Subject: cs
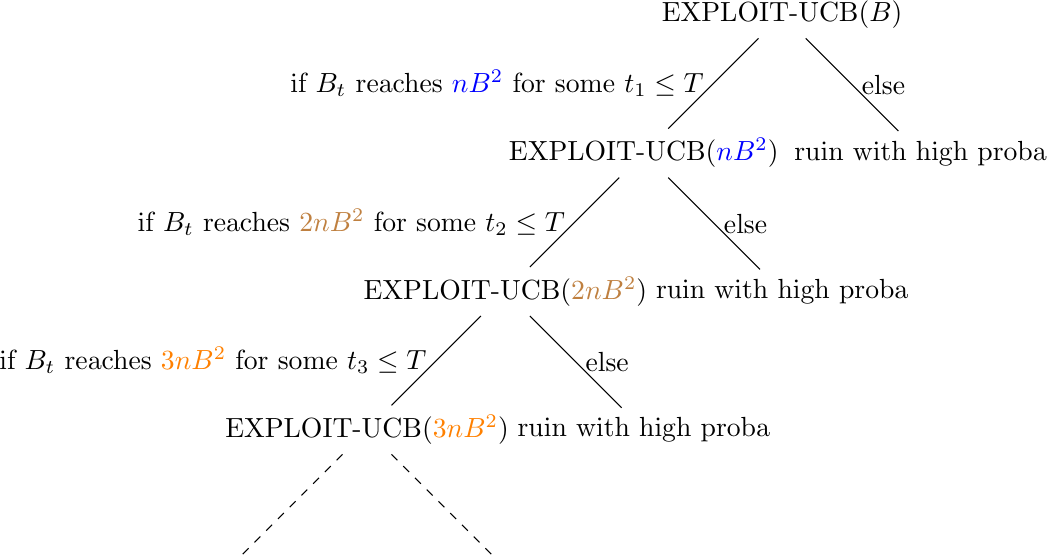
LaTeX code:
\begin{tikzpicture}
[sibling distance=10em,level distance=5em]
\node {EXPLOIT-UCB$(B)$}
    child {
        node {EXPLOIT-UCB$(\textcolor{blue}{nB^2})$}
        child {
            node {EXPLOIT-UCB$(\textcolor{brown}{2nB^2})$}
            child {
                node {EXPLOIT-UCB$(\textcolor{orange}{3nB^2})$}
                child {
                    node {}
                    edge from parent [dashed]}
                child {
                    node {}
                    edge from parent [dashed]}
                edge from parent node [left] {if $B_t$ reaches $\textcolor{orange}{3nB^2}$ for some $t_3\leq T$}}
            child {
                node {ruin with high proba}
                edge from parent node [right] {else}}
            edge from parent node [left] {if $B_t$ reaches $\textcolor{brown}{2nB^2}$ for some $t_2\leq T$}}
        child {
            node {ruin with high proba}
            edge from parent node [right] {else}}
        edge from parent node [left] {if $B_t$ reaches $\textcolor{blue}{nB^2}$ for some $t_1\leq T$}}
    child {
        node {ruin with high proba}
        edge from parent node [right] {else}};
\end{tikzpicture}